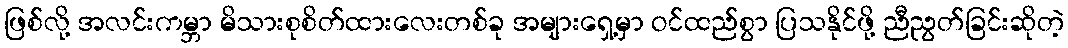
ဖြစ်လို့ အလင်းကမ္ဘာ မိသားစုစိတ်ထားလေးတစ်ခု အများရှေ့မှာ ဝင်ထည်စွာ ပြသနိုင်ဖို့ ညီညွတ်ခြင်းဆိုတဲ့